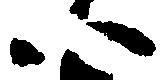
以